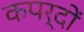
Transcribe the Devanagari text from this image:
कपर्दों